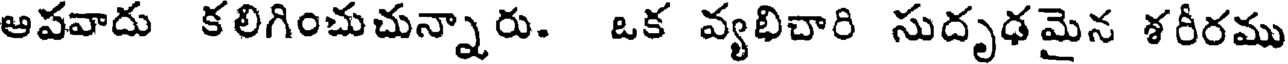
ఆపవాదు కలిగించుచున్నారు. ఒక వ్యభిచారి సుదృఢమైన శరీరము